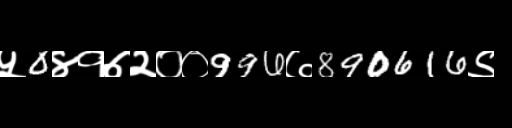
Text: ५0४१७२००996७890616९